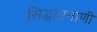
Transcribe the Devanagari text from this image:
सिद्धतानाणी